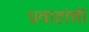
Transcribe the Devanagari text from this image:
प्रवाहांशी